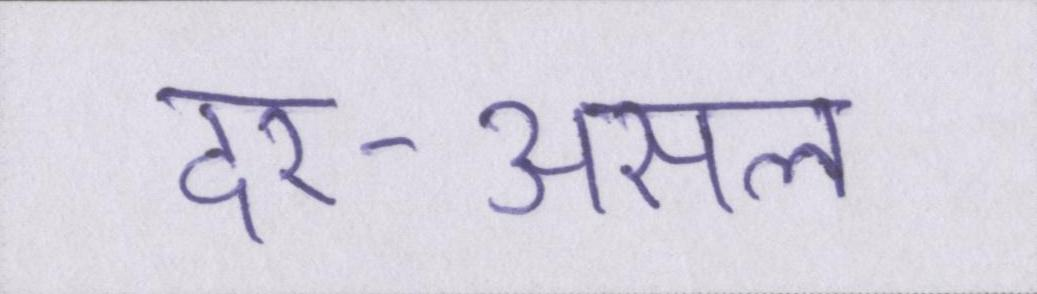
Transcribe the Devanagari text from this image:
दर-असल